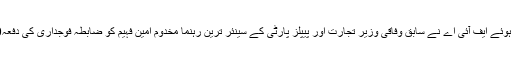
اس سلسلے میں اہم پیشرفت کرتے ہوئے ایف آئی اے نے سابق وفاقی وزیر تجارت اور پیپلز پارٹی کے سینئر ترین رہنما مخدوم امین فہیم کو ضابطہ فوجداری کی دفعہ160 کے تحت نوٹس بھیج دیا ہے۔